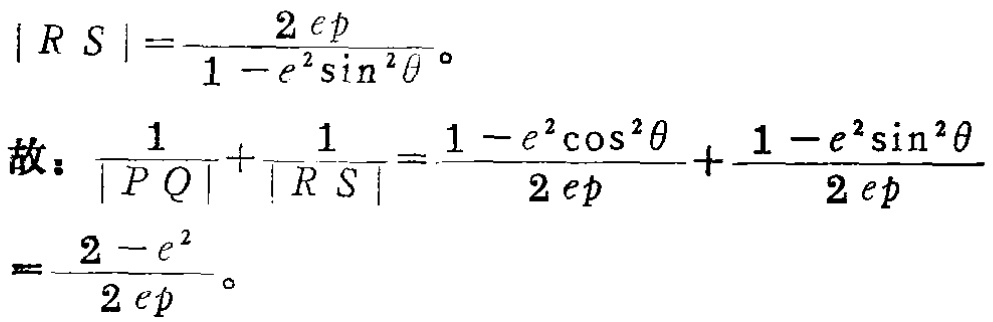
\[
|RS|=\frac{2ep}{1 - e^{2}\sin^{2}\theta}。
\]
故：
\[
\begin{align*}
\frac{1}{|PQ|}+\frac{1}{|RS|}&=\frac{1 - e^{2}\cos^{2}\theta}{2ep}+\frac{1 - e^{2}\sin^{2}\theta}{2ep}\\
&=\frac{2 - e^{2}}{2ep}。
\end{align*}
\]